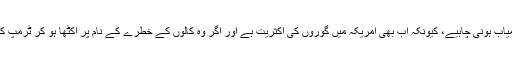
سطحی طور پر تو یہ حکمت عملی ٹرمپ کے حق میں کامیاب ہونی چاہیے، کیونکہ اب بھی امریکہ میں گوروں کی اکثریت ہے اور اگر وہ کالوں کے خطرے کے نام پر اکٹھا ہو کر ٹرمپ کے حق میں ووٹ ڈالتی ہے تو پھر فتح ٹرمپ کی ہی ہوگی۔